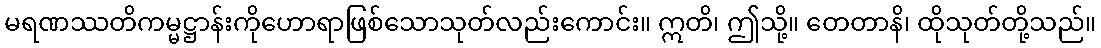
မရဏဿတိကမ္မဋ္ဌာန်းကိုဟောရာဖြစ်သောသုတ်လည်းကောင်း။ ဣတိ၊ ဤသို့။ တေတာနိ၊ ထိုသုတ်တို့သည်။